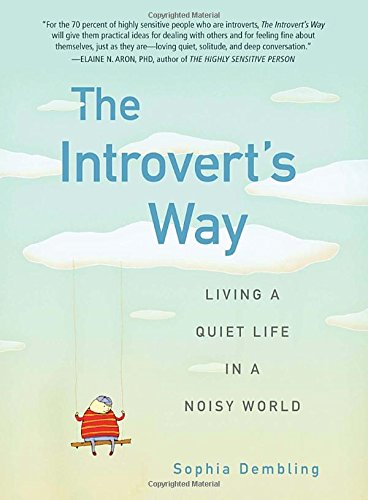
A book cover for The Introvert's Way: Living a Quiet Life in a Noisy World (Perigee Book); Sophia Dembling; Health, Fitness & Dieting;